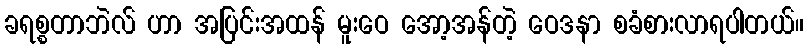
ခရစ္စတာဘဲလ် ဟာ အပြင်းအထန် မူးဝေ အော့အန်တဲ့ ဝေဒနာ စခံစားလာရပါတယ်။